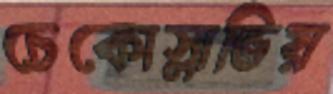
চেকোস্লাভিয়